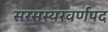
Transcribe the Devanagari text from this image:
सरसस्यरवर्णपद